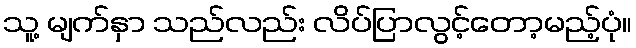
သူ့ မျက်နှာ သည်လည်း လိပ်ပြာလွင့်တော့မည့်ပုံ။